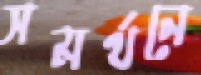
সমর্থনে